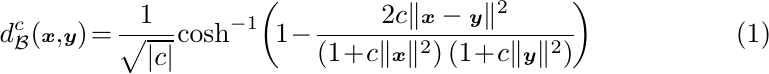
\begin{equation}
\begin{scriptsize}
d_{\mathcal{B}}^{c}(\boldsymbol{x},\!\boldsymbol{y})\!=\!
\frac{1}{\sqrt{|c|}}\!\cosh ^{-1}\!\left(\!1\!-\!\frac{2 c\|\boldsymbol{x}-\boldsymbol{y}\|^{2}}{\left(1\!+\!c\|\boldsymbol{x}\|^{2}\right)\left(1\!+\!c\|\boldsymbol{y}\|^{2}\right)}\!\right)
\end{scriptsize}\!
\end{equation}